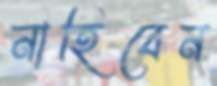
নাহিবেন